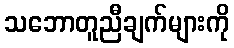
သဘောတူညီချက်များကို